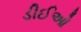
ડીઈઓ